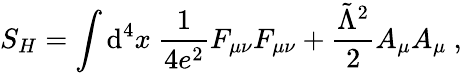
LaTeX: S_{H}=\int\mathrm{d}^{4}x\ {\frac{{1}}{{4e^{2}}}}F_{\mu\nu}F_{\mu\nu}+{\frac{{\tilde{{\Lambda}}^{2}}}{{2}}}A_{\mu}A_{\mu}\ ,